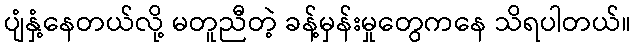
ပျံနှံ့နေတယ်လို့ မတူညီတဲ့ ခန့်မှန်းမှုတွေကနေ သိရပါတယ်။